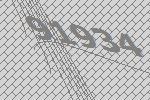
91934